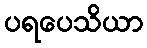
ပရပေသိယာ